Vaccination in Bombay 1869-1873 - 1869-1873
Year: 1869
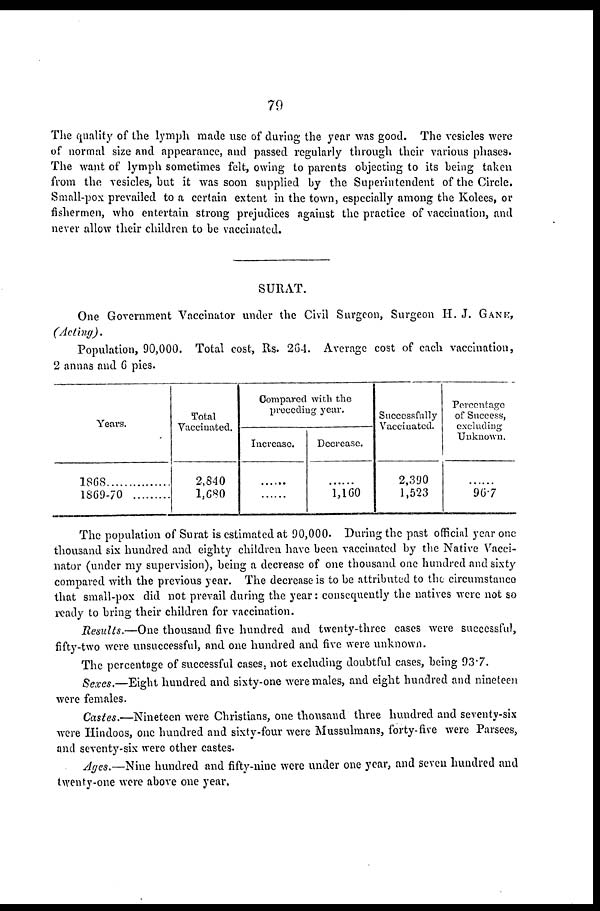
79
The quality of the lymph made use of during the year was good. The vesicles were
of normal size and appearance, and passed regularly through their various phases.
The want of lymph sometimes felt, owing to parents objecting to its being taken
from the vesicles, but it was soon supplied by the Superintendent of the Circle.
Small-pox prevailed to a certain extent in the town, especially among the Kolees, or
fishermen, who entertain strong prejudices against the practice of vaccination, and
never allow their children to be vaccinated.
SURAT.
One Government Vaccinator under the Civil Surgeon, Surgeon H. J. GANE,
(Acting).
Population, 90,000. Total cost, Rs. 264. Average cost of each vaccination,
2 annas and 6 pies.
Years.
1868...............
1869-70
.........
Total
Vaccinated.
2,840
1,680
Compared with the
preceding year.
Increase.
......
......
Decrease.
......
1,160
Successfully
Vaccinated.
2,390
1,523
Percentage
of Success,
excluding
Unknown.
......
96.7
The population of Surat is estimated at 90,000. During the past official year one
thousand six hundred and eighty children have been vaccinated by the Native Vacci-
nator (under my supervision), being a decrease of one thousand one hundred and sixty
compared with the previous year. The decrease is to be attributed to the circumstance
that small-pox did not prevail during the year: consequently the natives were not so
ready to bring their children for vaccination.
Results.—One thousand five hundred and twenty-three cases were successful,
fifty-two were unsuccessful, and one hundred and five were unknown.
The percentage of successful cases, not excluding doubtful cases, being 93.7.
Sexes.—Eight hundred and sixty-one were males, and eight hundred and nineteen
were females.
Castes.—Nineteen were Christians, one thousand three hundred and seventy-six
were Hindoos, one hundred and sixty-four were Mussulmans, forty-five were Parsees,
and seventy-six were other castes.
Ages.—Nine hundred and fifty-nine were under one year, and seven hundred and
twenty-one were above one year.